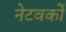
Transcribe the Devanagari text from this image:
नेटवर्को